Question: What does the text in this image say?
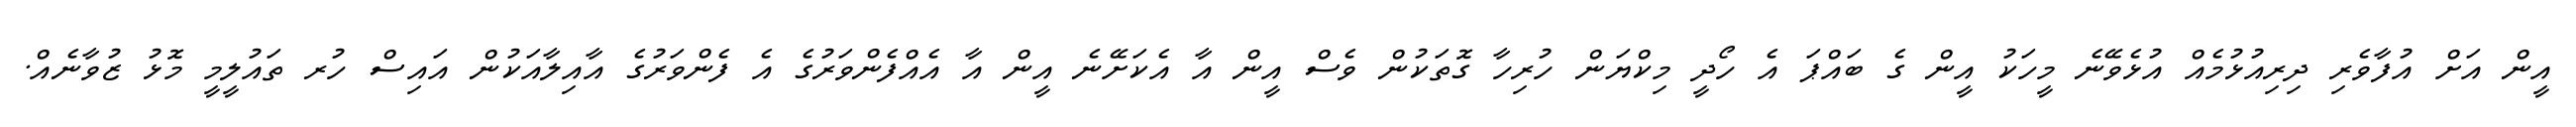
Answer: އީން އަށް އުފާވެރި ދިރިއުޅުމެއް އުޅެވޭނެ މީހަކު އީން ގެ ބައްޕަ އެ ހޯދީ މިކްޔަން ހުރިހާ ގޮތަކުން ވެސް އީން އާ އެކަށޭނެ އީން އާ އެއްފެންވަރުގެ އެ ފެންވަރުގެ އާއިލާއަކުން އައިސް ހުރ ތައުލީމީ މޮޅު ޒުވާނެއް.